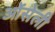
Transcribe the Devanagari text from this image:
ओंसेली